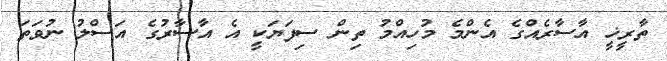
ތާރީޚީ އާސާރެއްގެ އެންމެ މުހިއްމު ތިން ސިފަޔަކީ އެ އާސާރުގެ އަސްލު ނުވަތަ